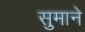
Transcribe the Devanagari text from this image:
सुमाने